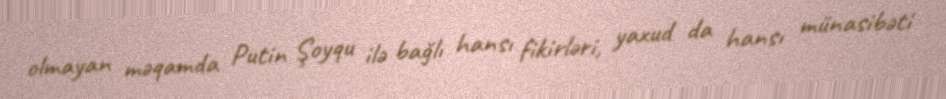
olmayan məqamda Putin Şoyqu ilə bağlı hansı fikirləri, yaxud da hansı münasibəti